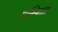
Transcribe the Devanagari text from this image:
सन्स्क्रिति